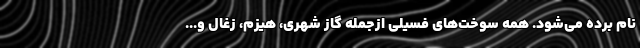
نام برده می‌شود. همه سوخت‌های فسیلی از‌جمله گاز شهری، هیزم، زغال و...